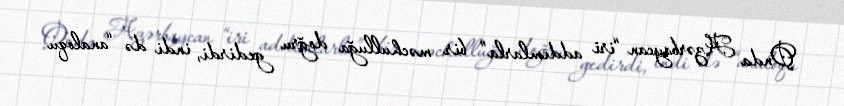
Onda Azərbaycan “iri addımlarla” bir məchulluğa doğru gedirdi, indi də “analoqu